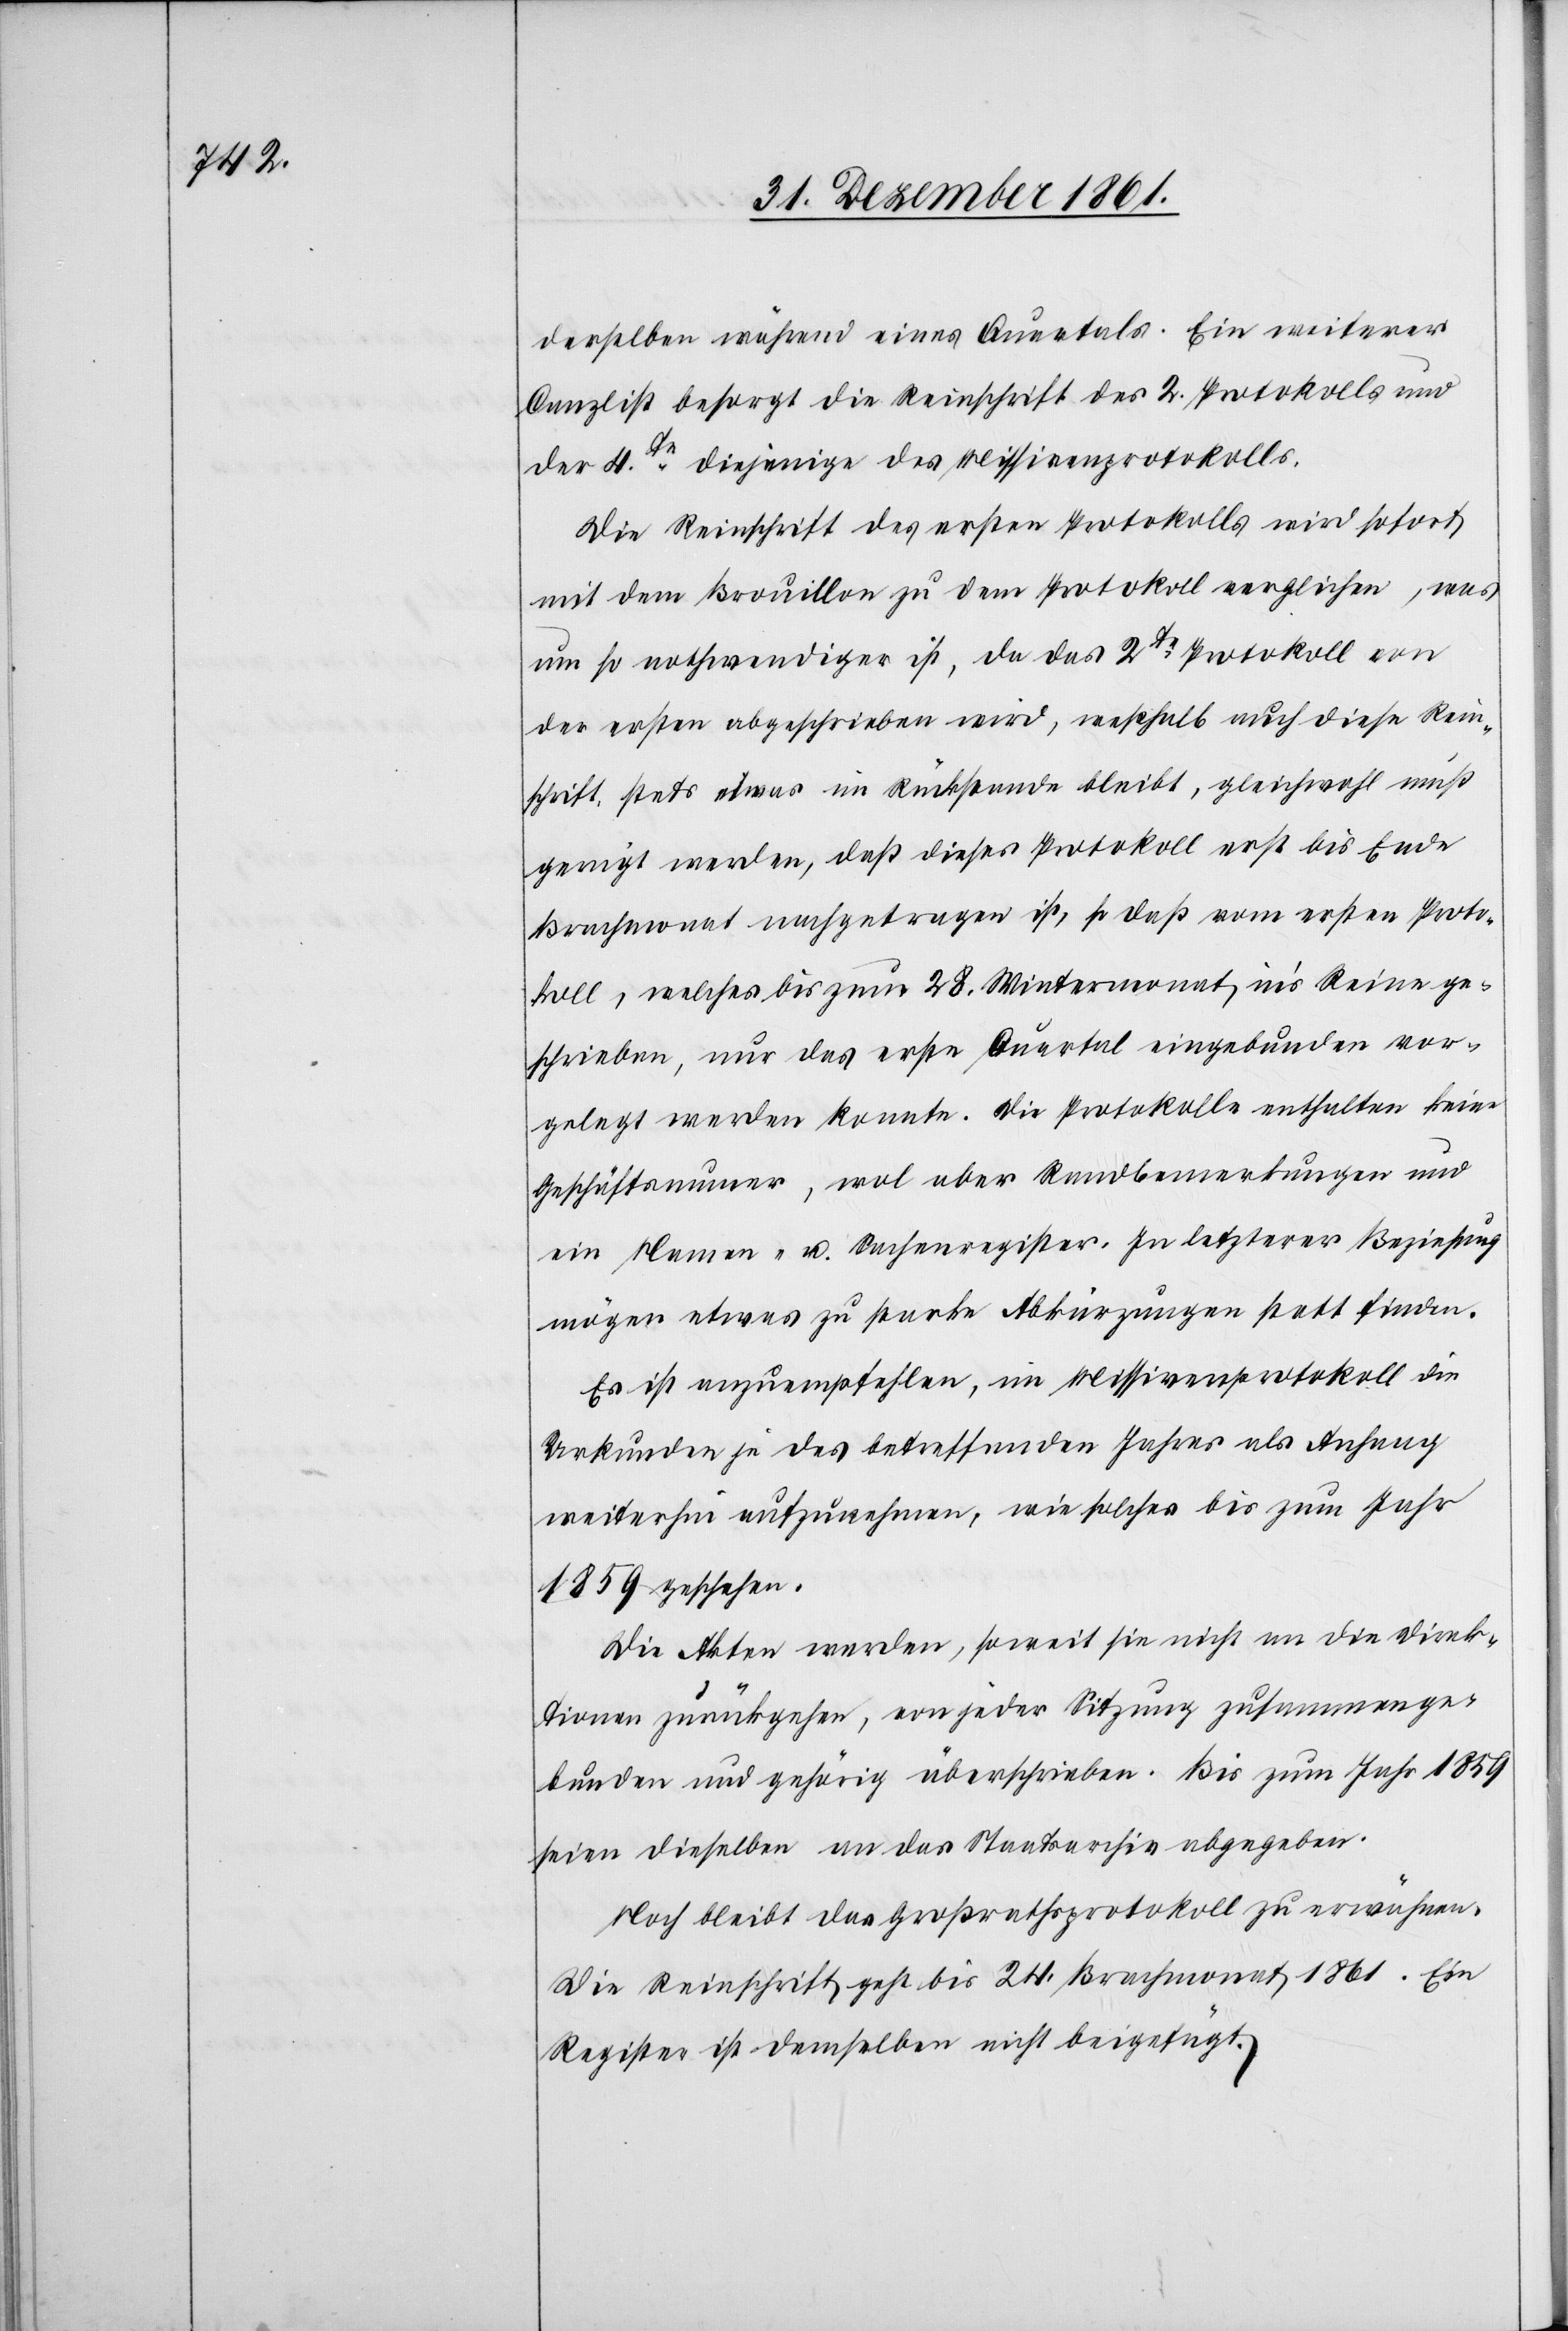
derselben während eines Quartals. Ein weiterer
Canzlist besorgt die Reinschrift des 2 Protokolls und
der 4te diejenige des Missivenprotokolls.
Die Reinschrift des ersten Protokolls wird sofort
mit dem Brouillon zu dem Protokoll verglichen, was
um so nothwendiger ist, da das 2te Protokoll von
der ersten abgeschrieben wird, weßhalb auch diese Rein¬
schrift stets etwas im Rückstande bleibt, gleichwohl muß
gerügt werden, daß dieses Protokoll erst bis Ende
Brachmonat nachgetragen ist, so daß vom Protoko¬
ll, welches bis zum 28 Wintermonat in’s Reine ge¬
schrieben, nur das erste Quartal eingebunden vor¬
gelegt werden konnte. Die Protokolle enthalten keine
Geschäftsnumer [sic!], wol aber Randbemerkungen und
ein Namen- u. Sachenregister. In letzterer Beziehung
mögen etwas zu starke Abkürzungen statt finden.
Es ist anzuempfehlen, im Missivenprotokoll die
Urkunden je des betreffenden Jahres als Anhang
weiterhin aufzunehmen, wie solches bis zum Jahr
1859 geschehen.
Die Akten werden, soweit sie nicht an die Direk¬
tionen zurückgehen, von jeder Sitzung zusammenge¬
bunden und gehörig überschrieben. Bis zum Jahr 1859
seien dieselben an das Staatsarchiv abgegeben.
Noch bleibt das Großrathsprotokoll zu erwähnen.
Die Reinschrift geht bis 24 Brachmonat 1861. Ein
Register ist demselben nicht beigefügt.